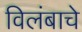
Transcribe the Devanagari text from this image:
विलंबाचे